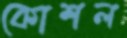
কোশল